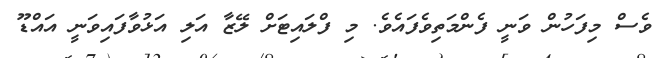
ވެސް މިފަހުން ވަނީ ފެންމަތިވެފައެވެ. މި ފްލައިޓަށް ލޭޒާ އަލި އަޅުވާފައިވަނީ އައްޑޫ